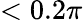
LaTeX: <0.2\pi